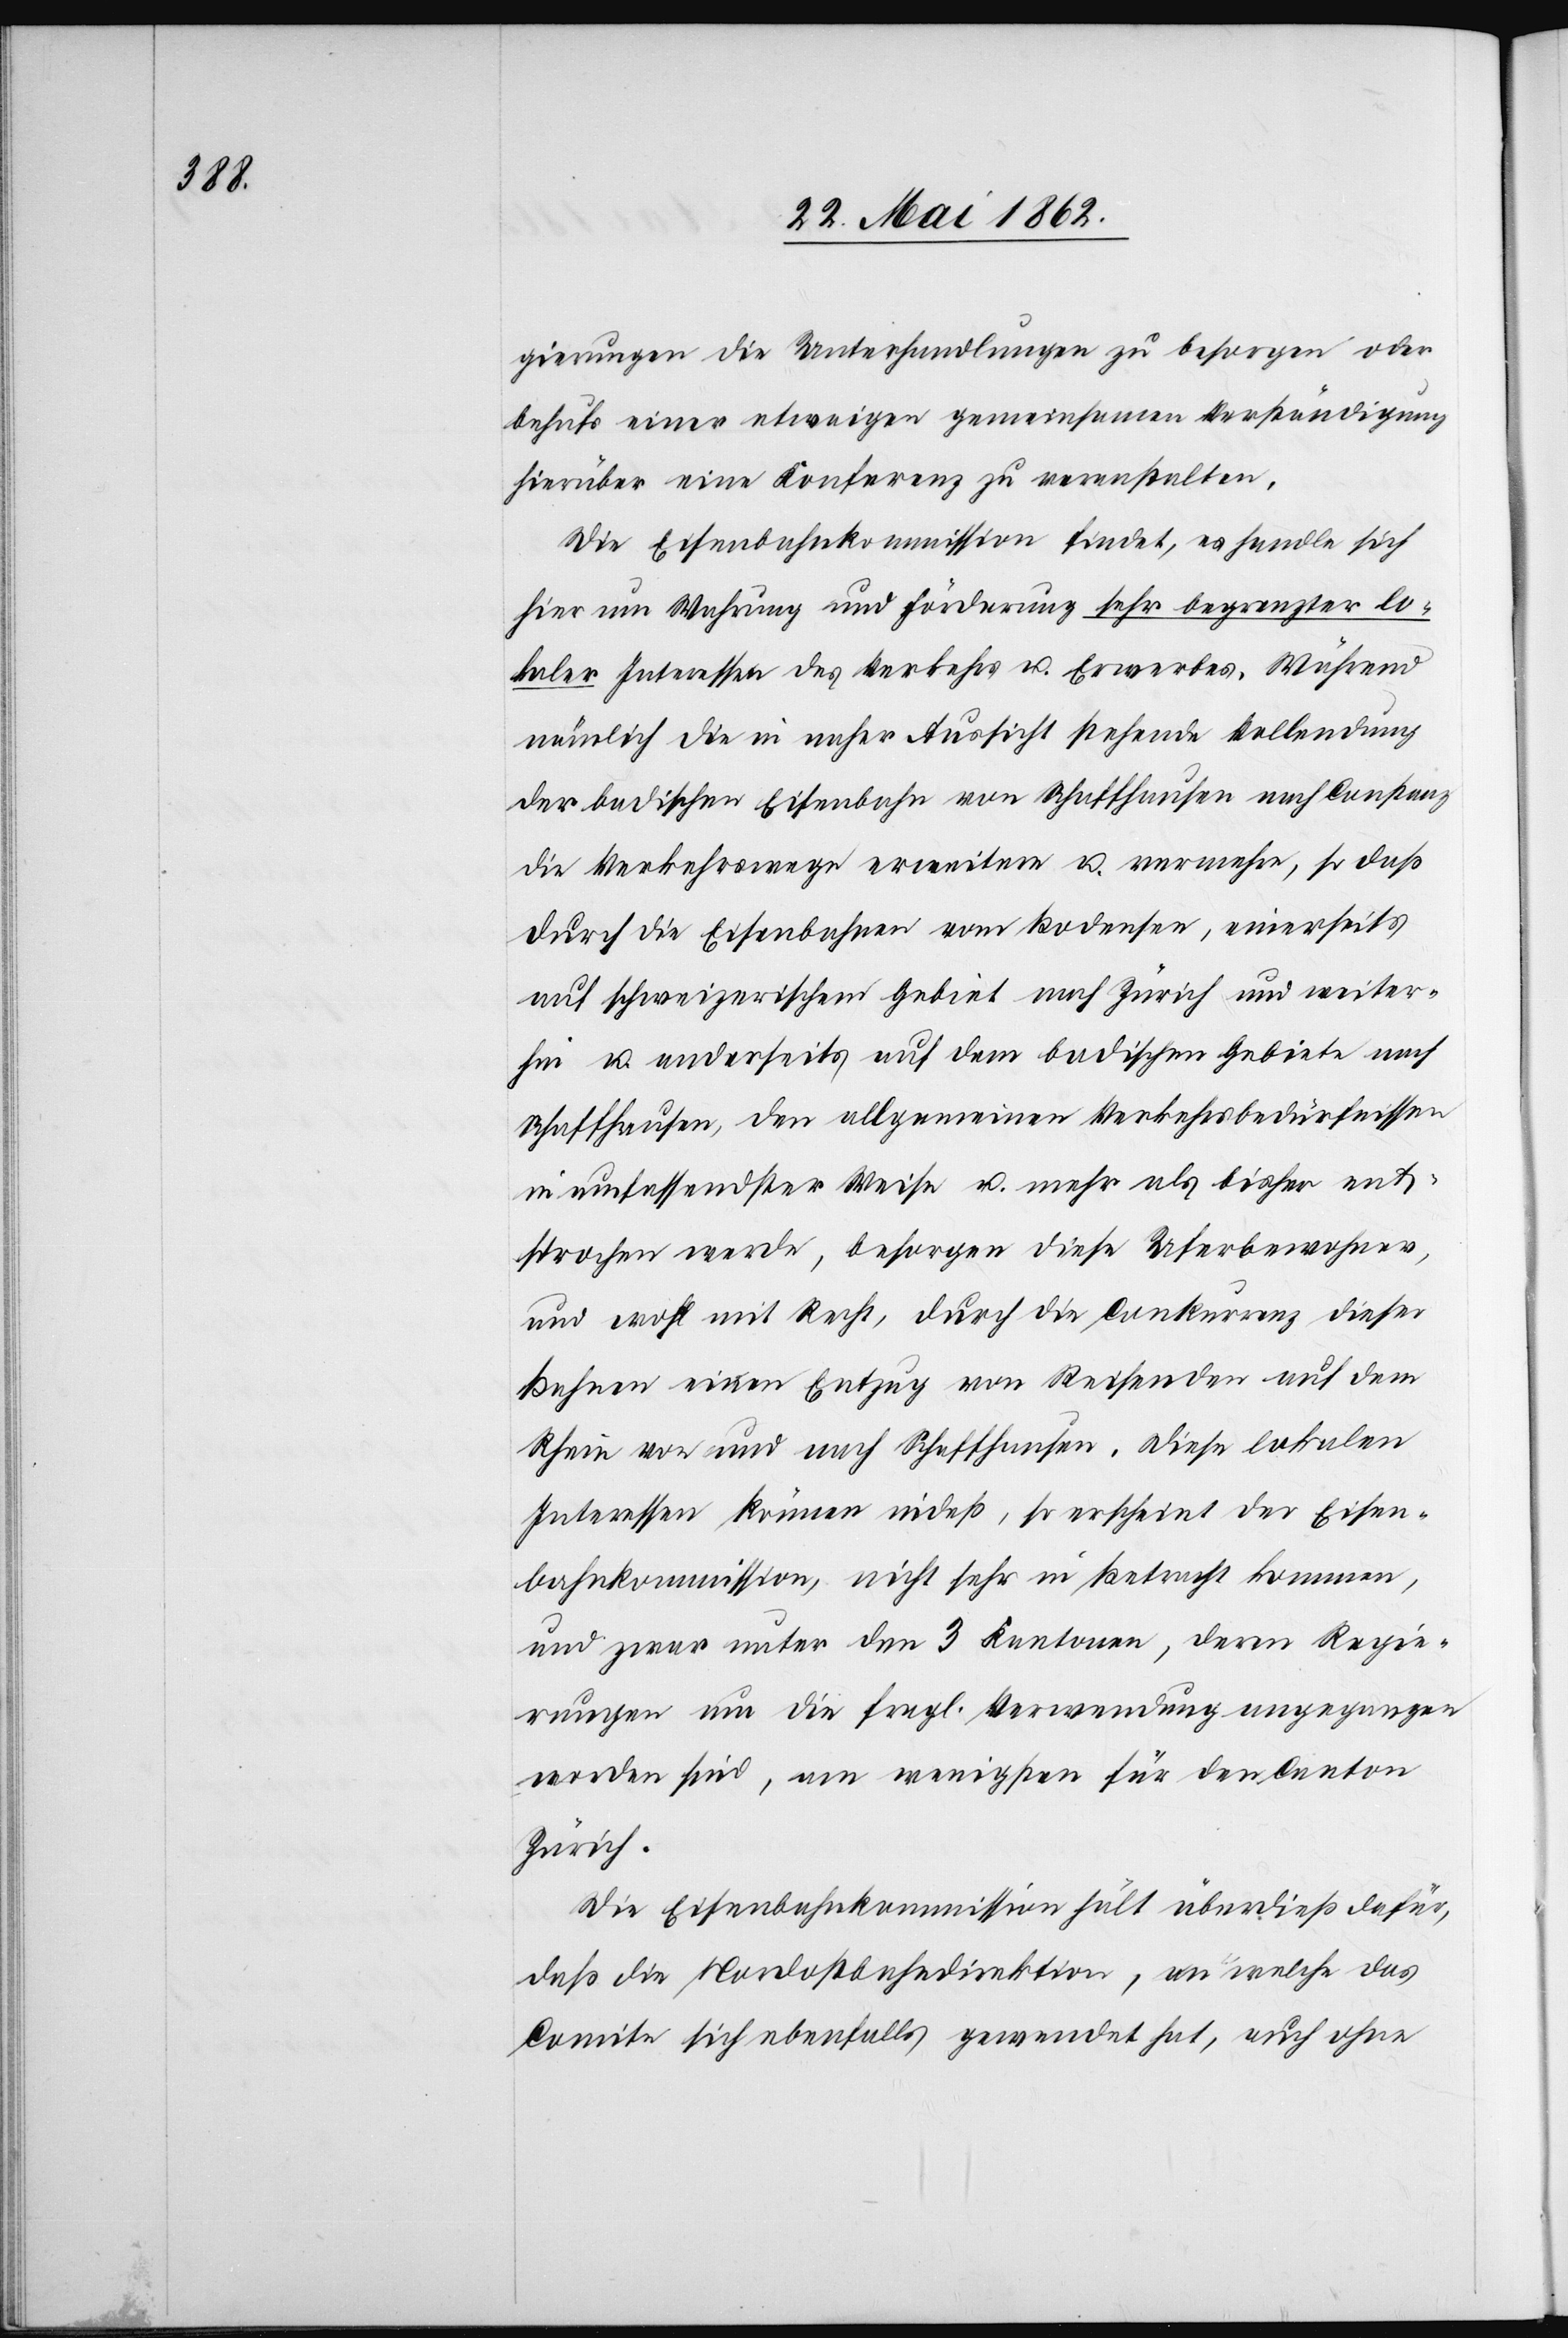
gierungen die Unterhandlungen zu besorgen oder
behufs einer etwaigen gemeinsamen Verständigung
hierüber eine Konferenz zu veranstalten.
Die Eisenbahnkommission findet, es handle sich
hier um Wahrung und Förderung sehr begrenzter lo¬
kaler Interessen des Verkehrs u. Erwerbes. Während
nämlich die in naher Aussicht stehende Vollendung
der badischen Eisenbahn von Schaffhausen nach Constanz
die Verkehrswege erweitere u. vermehre, so daß
durch die Eisenbahnen vom Bodensee, einerseits
auf schweizerischem Gebiet nach Zürich und weiter¬
hin u. anderseits auf dem badischen Gebiete nach
Schaffhausen, den allgemeinen Verkehrsbedürfnissen
in umfassendster Weise u. mehr als bisher ent¬
sprochen werde, besorgen diese Uferbewohner,
und wohl mit Recht, durch die Conkurrenz dieser
Bahnen einen Entzug von Reisenden auf dem
Rhein von und nach Schaffhausen, diese lokalen
Interessen können indeß, so erscheint der Eisen¬
bahnkommission, nicht sehr in Betracht kommen,
und zwar unter den 3 Kantonen, deren Regie¬
rungen um die fragl. Verwendung angegangen
worden sind, am wenigsten für den Canton
Zürich.
Die Eisenbahnkommission hält überdieß dafür,
daß die Nordostbahndirektion, an welche das
Comite sich ebenfalls gewendet hat, auch ohne